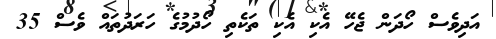
އަދިވެސް ހޯދަން ޖެހޭ އެކި އެކި ތަކެތި ހޯދުމުގެ ހަރަދުތައް ވެސް 35